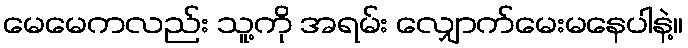
မေမေကလည်း သူ့ကို အရမ်း လျှောက်မေးမနေပါနဲ့။